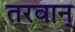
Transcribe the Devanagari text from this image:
तरवान्